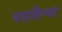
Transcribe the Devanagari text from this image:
सहसैन्यः